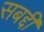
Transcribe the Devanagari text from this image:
सबद्दी